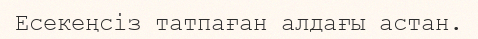
Есекеңсіз татпаған алдағы астан.